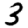
Digit: 3